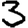
Digit: 3